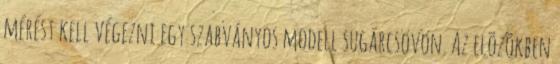
mérést kell végezni egy szabványos modell sugárcsövön. Az elõzõkben